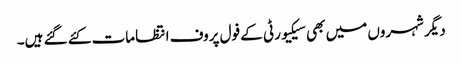
دیگر شہروں میں بھی سیکیورٹی کے فول پروف انتظامات کئے گئے ہیں۔